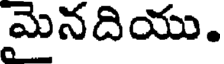
మైనదియు.